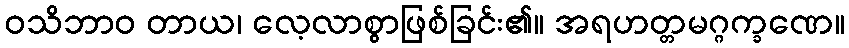
ဝသိဘာဝ တာယ၊ လေ့လာစွာဖြစ်ခြင်း၏။ အရဟတ္တမဂ္ဂက္ခဏေ။